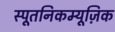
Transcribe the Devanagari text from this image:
स्पूतनिकम्यूज़िक